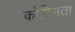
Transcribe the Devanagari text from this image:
कोटिमता